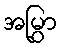
အမြွှာ